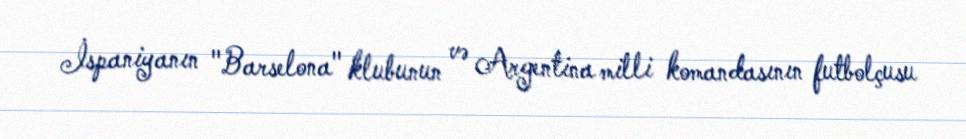
İspaniyanın "Barselona" klubunun və Argentina milli komandasının futbolçusu